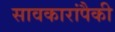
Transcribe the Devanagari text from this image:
सावकारांपैकी